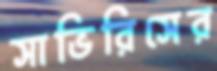
সাভিরিসের